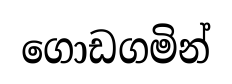
ගොඩගමින්